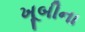
ખૂબીના